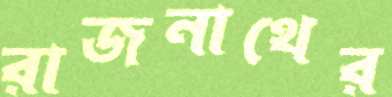
রাজনাথের